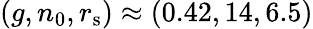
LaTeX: (g,n_{0},r_{\mathrm{s}})\approx(0.42,14,6.5)